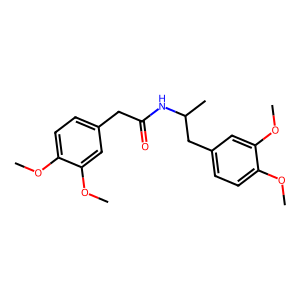
SMILES: COc1ccc(CC(=O)NC(C)Cc2ccc(OC)c(OC)c2)cc1OC
Inhibits HIV replication: No